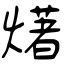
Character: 𤏸